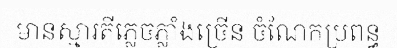
មានស្មារតីភ្លេចភ្លាំងច្រើន ចំណែកប្រពន្ធ